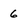
Character: 6